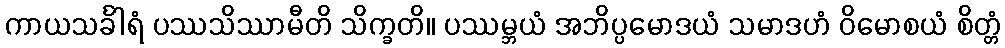
ကာယသင်္ခါရံ ပဿသိဿာမီတိ သိက္ခတိ။ ပဿမ္ဘယံ အဘိပ္ပမောဒယံ သမာဒဟံ ဝိမောစယံ စိတ္တံ